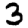
Digit: 3